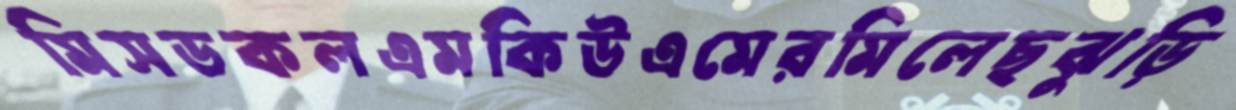
মিসডকলএমকিউএমেরমিলেছঝুড়ি